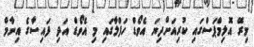
މިރޭ އޮލިމްޕަސްގައި ކުރިއަށްދިޔަަ އެވޯޑް ހަފްލާގައި މި އެވޯޑް އަދި ފައިސާގެ އިނާމް